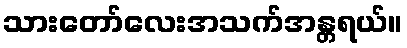
သားတော်လေးအသက်အန္တရယ်။